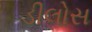
ડીલોસ